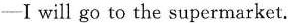
-Ⅰwill go to the supermarket.